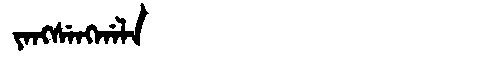
Manchu: ᠶᠠᠩᠰᡝᠩᡤᠠᠯᠠ
Romanization: YANGSENGGALA